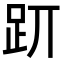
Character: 𧿄